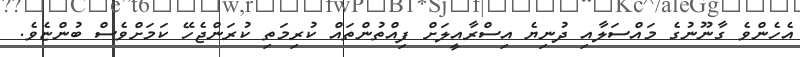
އެހެންވެ ގާނޫނުގެ މައްސަލާއި ދުނިޔެ އިސްރާއީލަށް ފިއްތުންތައް ކުރިމަތި ކުރަންޖެހޭ ކަމަށްވެސް ބުންޏެވެ.